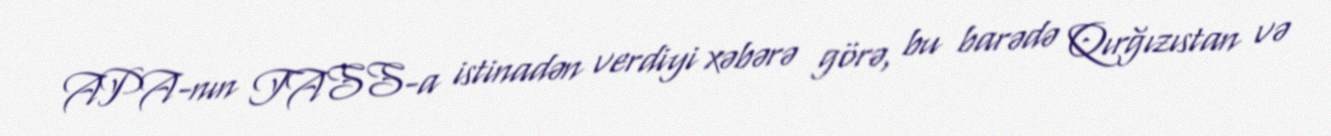
APA-nın TASS-a istinadən verdiyi xəbərə görə, bu barədə Qırğızıstan və